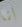
انا